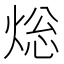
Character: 焧